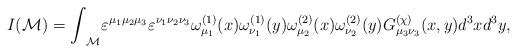
\begin{align*}I({\cal M}) = {\int}_{\cal M} {\varepsilon}^ {{\mu}_1 {\mu}_2 {\mu}_3} {\varepsilon}^{{\nu}_1 {\nu}_2 {\nu}_3} {\omega}^{(1)}_{{\mu}_1} (x) {\omega}^{(1)}_{{\nu}_1} (y) {\omega}^{(2)}_{{\mu}_2} (x) {\omega}^{(2)}_{{\nu}_2}(y) G^{(\chi)}_{{\mu}_3 {\nu}_3} (x, y) d^3 x d^3 y,\end{align*}